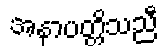
အနာပတ္တိသညီ